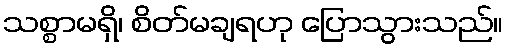
သစ္စာမရှိ၊ စိတ်မချရဟု ပြောသွားသည်။